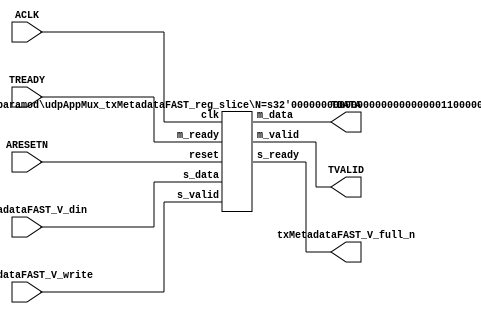
// This program was cloned from: https://github.com/mustafabbas/ECE1373_2016_hft_on_fpga
// License: MIT License

// ==============================================================
// File generated by Vivado(TM) HLS - High-Level Synthesis from C, C++ and SystemC
// Version: 2016.3
// Copyright (C) 1986-2016 Xilinx, Inc. All Rights Reserved.
// 
// ==============================================================


`timescale 1ns/1ps

module udpAppMux_txMetadataFAST_if (
    // AXI4-Stream singals
    input  wire        ACLK,
    input  wire        ARESETN,
    output wire        TVALID,
    input  wire        TREADY,
    output wire [95:0] TDATA,
    // User signals
    input  wire [95:0] txMetadataFAST_V_din,
    output wire        txMetadataFAST_V_full_n,
    input  wire        txMetadataFAST_V_write
);
//------------------------Local signal-------------------
// register slice
wire [0:0]  s_valid;
wire [0:0]  s_ready;
wire [95:0] s_data;
wire [0:0]  m_valid;
wire [0:0]  m_ready;
wire [95:0] m_data;

//------------------------Instantiation------------------
// rs
udpAppMux_txMetadataFAST_reg_slice #(
    .N       ( 96 )
) rs (
    .clk     ( ACLK ),
    .reset   ( ARESETN ),
    .s_data  ( s_data ),
    .s_valid ( s_valid ),
    .s_ready ( s_ready ),
    .m_data  ( m_data ),
    .m_valid ( m_valid ),
    .m_ready ( m_ready )
);

//------------------------Body---------------------------
// AXI4-Stream
assign TVALID                  = m_valid;
assign TDATA                   = m_data[95:0];
// Register Slice
assign s_valid                 = txMetadataFAST_V_write;
assign m_ready                 = TREADY;
assign s_data                  = txMetadataFAST_V_din;
// User Signal
assign txMetadataFAST_V_full_n = s_ready;

endmodule



`timescale 1ns/1ps

module udpAppMux_txMetadataFAST_reg_slice
#(parameter
    N = 8   // data width
) (
    // system signals
    input  wire         clk,
    input  wire         reset,
    // slave side
    input  wire [N-1:0] s_data,
    input  wire         s_valid,
    output wire         s_ready,
    // master side
    output wire [N-1:0] m_data,
    output wire         m_valid,
    input  wire         m_ready
);
//------------------------Parameter----------------------
// state
localparam [1:0]
    ZERO = 2'b10,
    ONE  = 2'b11,
    TWO  = 2'b01;
//------------------------Local signal-------------------
reg  [N-1:0] data_p1;
reg  [N-1:0] data_p2;
wire         load_p1;
wire         load_p2;
wire         load_p1_from_p2;
reg          s_ready_t;
reg  [1:0]   state;
reg  [1:0]   next;
//------------------------Body---------------------------
assign s_ready = s_ready_t;
assign m_data  = data_p1;
assign m_valid = state[0];

assign load_p1 = (state == ZERO && s_valid) ||
                 (state == ONE && s_valid && m_ready) ||
                 (state == TWO && m_ready);
assign load_p2 = s_valid & s_ready;
assign load_p1_from_p2 = (state == TWO);

// data_p1
always @(posedge clk) begin
    if (load_p1) begin
        if (load_p1_from_p2)
            data_p1 <= data_p2;
        else
            data_p1 <= s_data;
    end
end

// data_p2
always @(posedge clk) begin
    if (load_p2) data_p2 <= s_data;
end

// s_ready_t
always @(posedge clk) begin
    if (~reset)
        s_ready_t <= 1'b0;
    else if (state == ZERO)
        s_ready_t <= 1'b1;
    else if (state == ONE && next == TWO)
        s_ready_t <= 1'b0;
    else if (state == TWO && next == ONE)
        s_ready_t <= 1'b1;
end

// state
always @(posedge clk) begin
    if (~reset)
        state <= ZERO;
    else
        state <= next;
end

// next
always @(*) begin
    case (state)
        ZERO:
            if (s_valid & s_ready)
                next = ONE;
            else
                next = ZERO;
        ONE:
            if (~s_valid & m_ready)
                next = ZERO;
            else if (s_valid & ~m_ready)
                next = TWO;
            else
                next = ONE;
        TWO:
            if (m_ready)
                next = ONE;
            else
                next = TWO;
        default:
            next = ZERO;
    endcase
end

endmodule